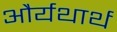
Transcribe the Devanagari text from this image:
और्यथार्थ